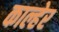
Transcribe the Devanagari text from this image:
काल्हेर